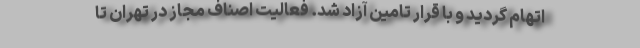
اتهام گردید و با قرار تامین آزاد شد. فعالیت اصناف مجاز در تهران تا